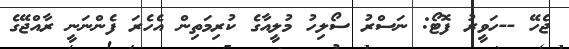
ޖެހޭ --ހަވީރު ފޮޓޯ: ނަސްރު ސޯލިހު މުލީއާގެ ކުރިމަތިން އެހެރަ ފެންނަނީ ރާއްޖޭގެ